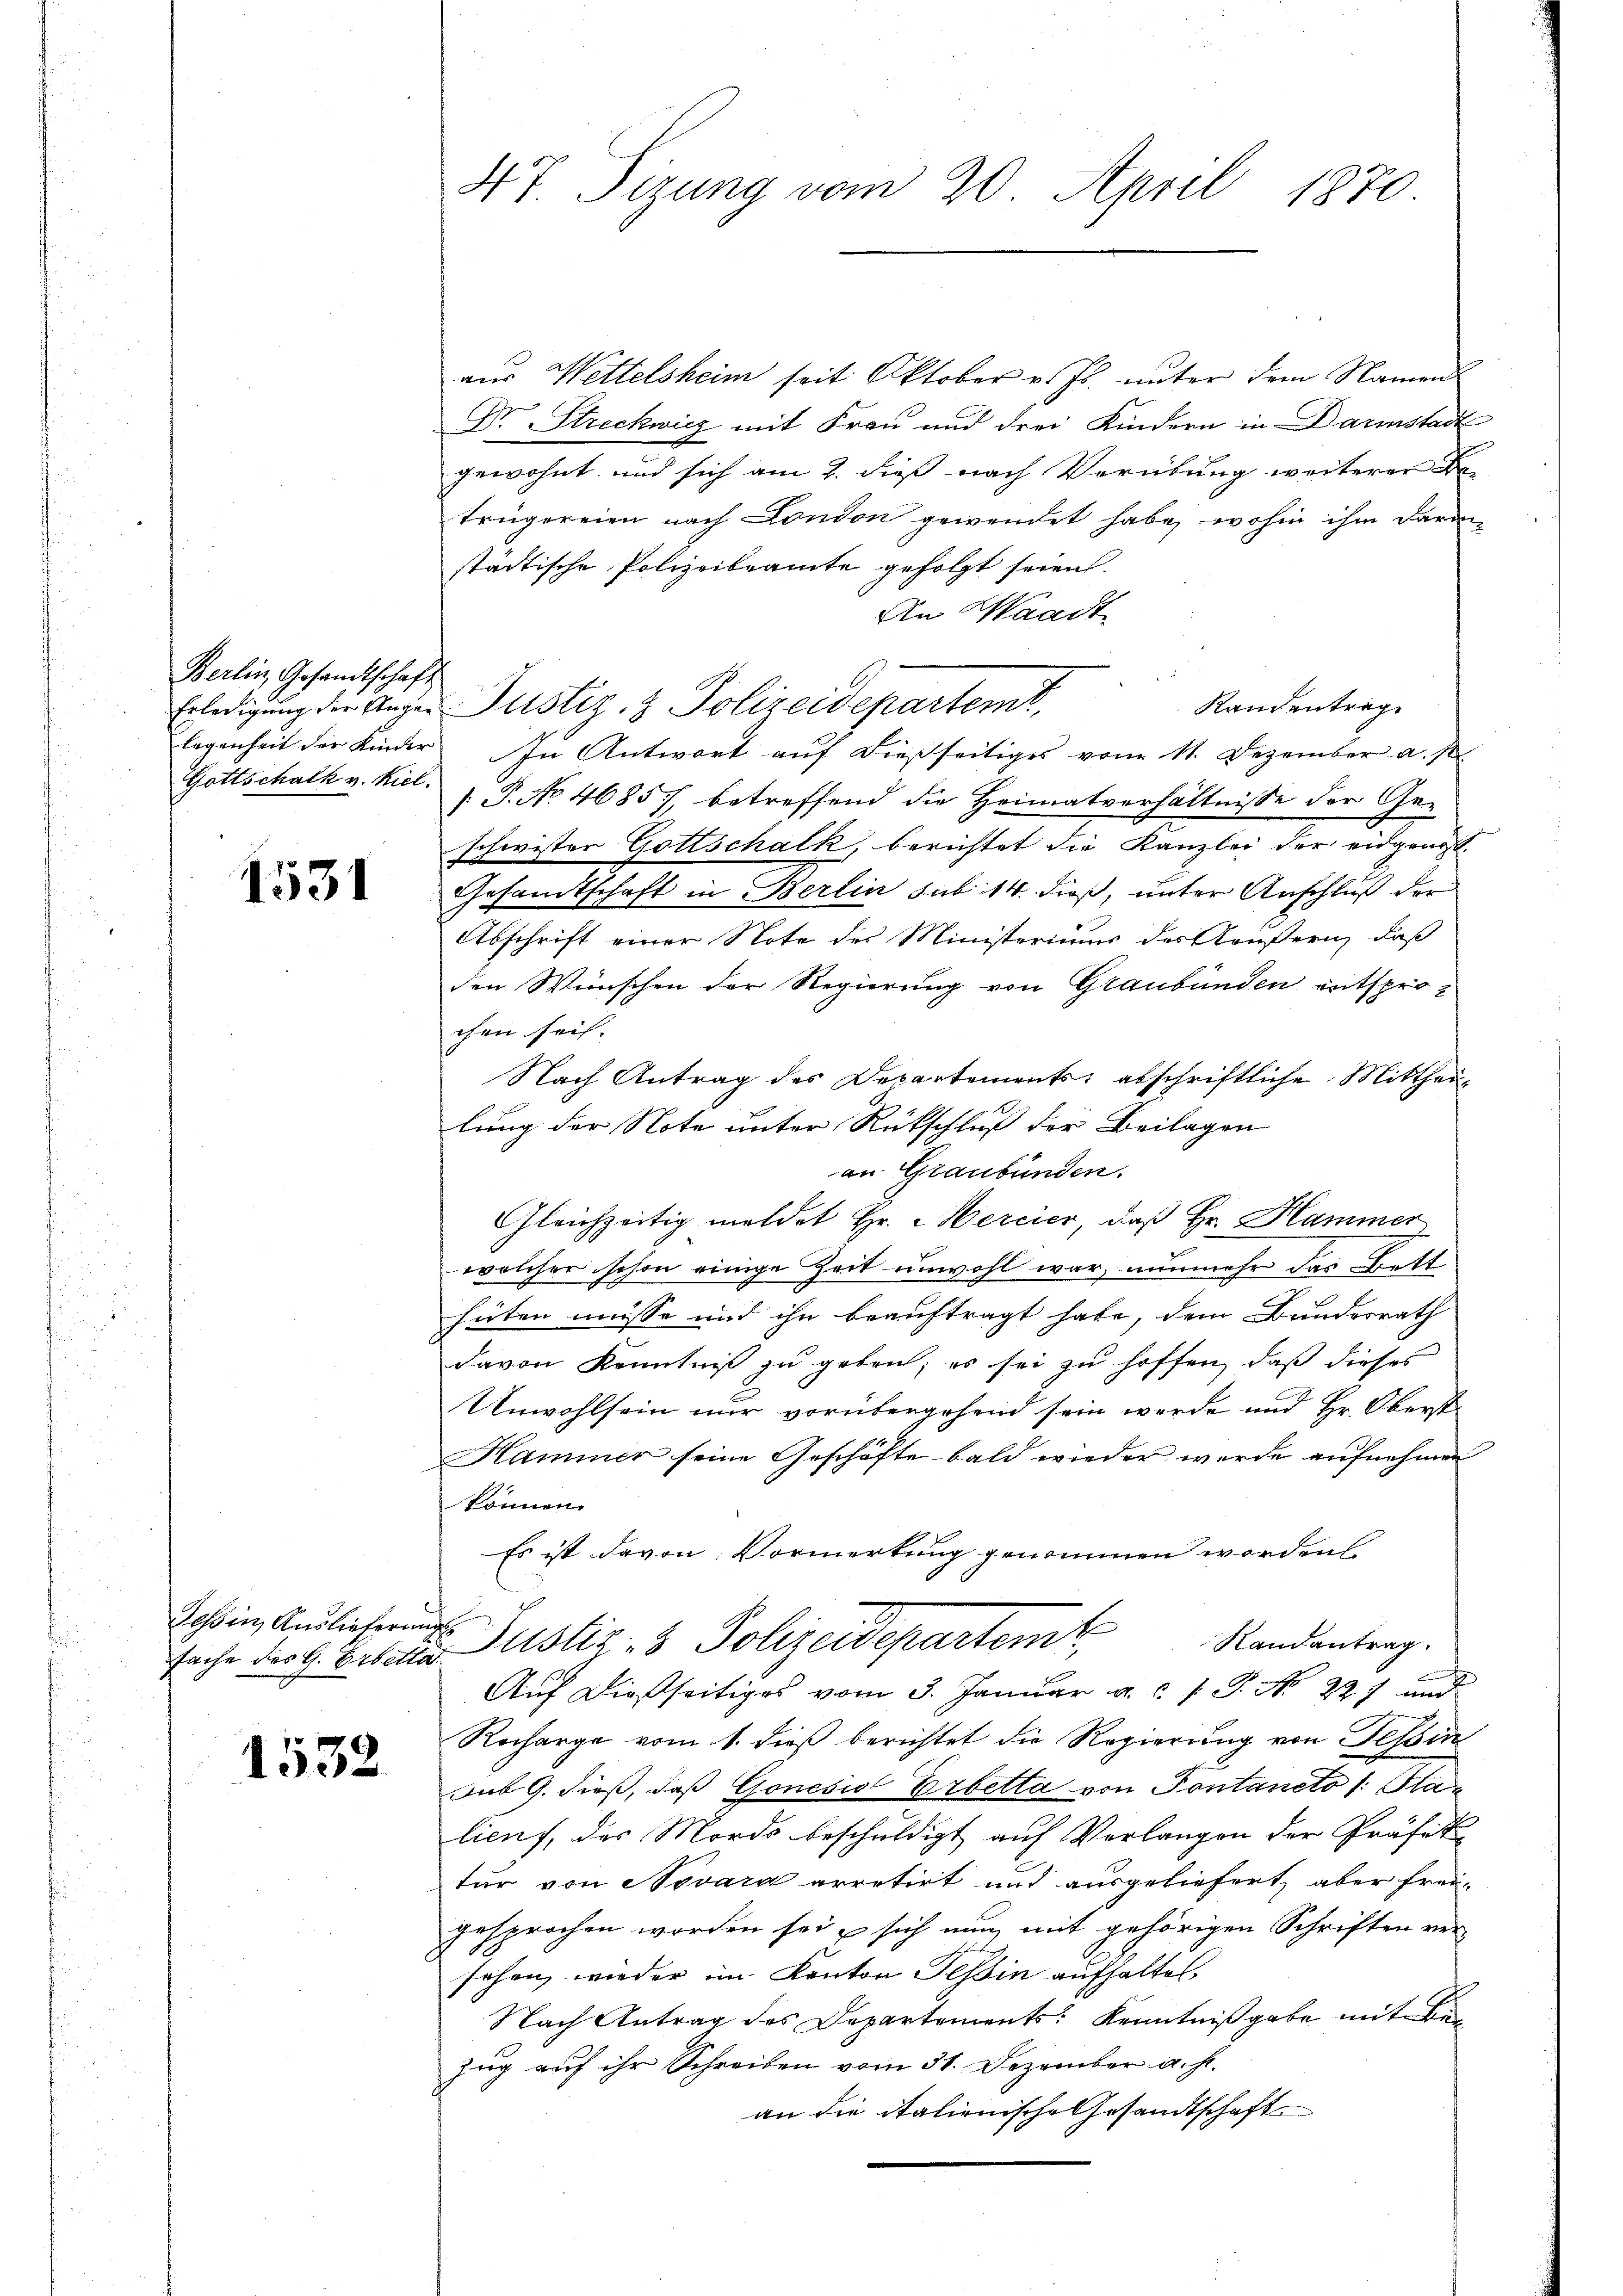
Berlin Gesandtschaft
Erledigung der Angelegenheit der Kinder
Gottschalk v. Kiel.

1531

Tessin, Auslieferung
sache des G. Erbetta

1532

47 Sizung vom 20. April 1870

aus Wettelsheim seit Oktober v. Js. unter dem Namen
Dr Streckwicz mit Frau und drei Kindern in Darmstadt
gewohnt und sich am 2. dieß nach Verübung weiterer Be-
trügereien nach London gewendet habe, wohin ihm daran
städtische Polizeibeamte gefolgt seien.
An Waadt
.
Randentrag
In Antwort auf dießseitiges vom 11. Dezember a. p.
[.P. No 4685/, betreffend die Heimatverhältnisse der Geschwister Gottschalk, berichtet die Kanzlei der eidgrüsst.
Gesandtschaft in Berlin sub 14. dieß, unter Anschluß der
Abschrift einer Note des Ministerium des Aeußern, daß
den Wünschen der Regierung von Graubünden entsprochen sei.
Nach Antrag des Departements; abschriftliche Mittheillung der Note unter Rückschluß der Beilagen
an Graubünden.
Gleichzeitig meldet Hr. Hercier, daß Hr. Hammer
welcher schon einige Zeit unwohl war, nunmehr das Bett
hüten müsse mit ihn beauftragt habe, dem Bundesrath
davon Kenntniß zu geben; es sei zu hoffen, daß dieses
Unwohlsein nur vorübergehend sein werde und Hr. Oberst¬
Hammer seine Geschäfte bald wieder werde aufnehmen
können.
Es ist davon Vormerkung genommen worden
Justiz- & Polizeidepartem Randantrag.
Auf dießseitiges vom 3. Januar a. c. P. Nr. 227 und
Recharge vom 1. dieß berichtet die Regierung von Tessin
Sub G. dieß, daß Gonesis Erbetta von Pontaneto (: Stan
licus, des Mords beschuldigt auf Verlangen der Präfek
tur von Novard arretirt und ausgeliefert, aber frei
gesprochen worden sei, sich nun mit gehörigen Schriften versehen, wieder im Kanton Tessin aufhalten,
Nach Antrag des Departements: Kenntnißgabe mit Bezug auf ihr Schreiben vom 31. Dezember a. h.
an die italienische Gesandtschaft

Justiz- & Polizeidepartemt,